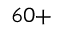
^ { 6 0 + }